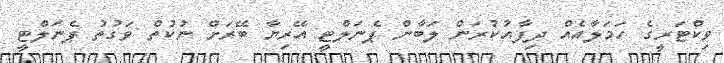
ވިކްޓަރީގެ ހަމަލާއެއް ދިފާއުކުރަން ލަބާން ޕެނަލްޓީ އޭރިޔާ ބޭރަށް ނުކުތް ވަގުތު ޕެނަލްޓީ